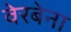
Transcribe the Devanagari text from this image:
वेरबेना